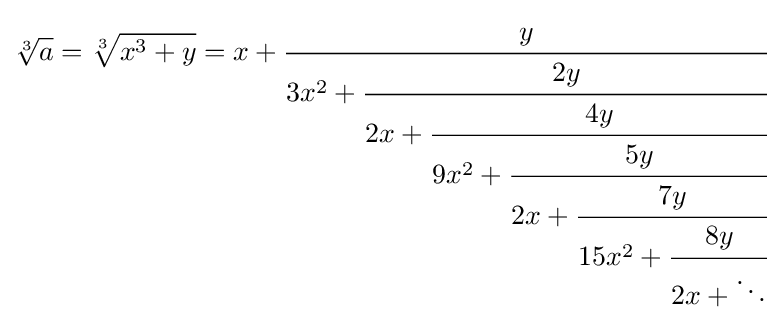
{\sqrt[{3}]{a}}={\sqrt[{3}]{x^{3}+y}}=x+{\cfrac {y}{3x^{2}+{\cfrac {2y}{2x+{\cfrac {4y}{9x^{2}+{\cfrac {5y}{2x+{\cfrac {7y}{15x^{2}+{\cfrac {8y}{2x+\ddots }}}}}}}}}}}}